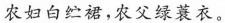
农妇白纻裙，农父绿蓑衣。